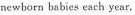
newborn babies each year.